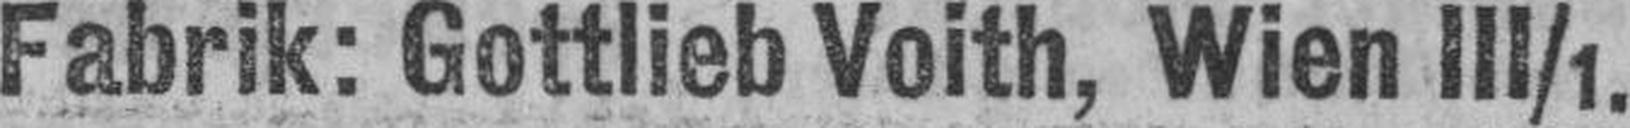
Fabrik: Gottlieb Voith, Wien III/1.